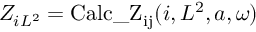
Z _ { i L ^ { 2 } } = \mathrm { C a l c \_ Z _ { i j } } ( i , L ^ { 2 } , a , \omega )